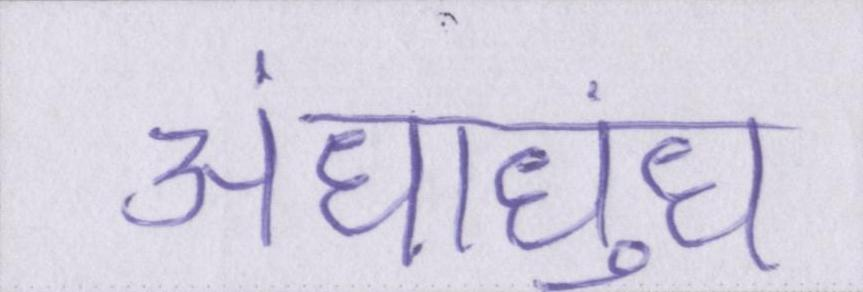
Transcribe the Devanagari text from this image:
अंधाधुंध